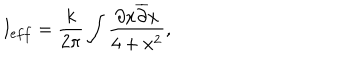
I _ { e f f } = \frac { k } { 2 \pi } \int \frac { \partial x \overline { { { \partial } } } x } { 4 + x ^ { 2 } } ,